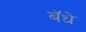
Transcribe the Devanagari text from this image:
बॅधे